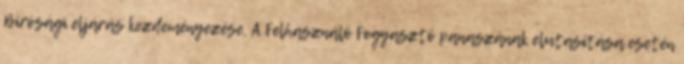
Bírósági eljárás kezdeményezése. A Felhasználó Fogyasztó panaszának elutasítása esetén